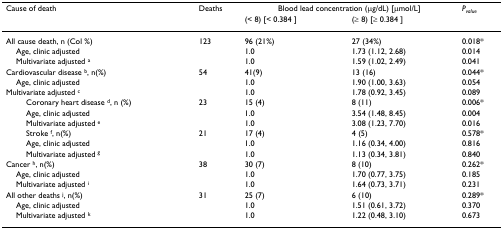
<table><thead><tr><td><b>Cause of death</b></td><td><b>Deaths</b></td><td colspan="2"><b>Blood lead concentration (μg/dL) [μmol/L]</b></td><td><b><i>P</i><sub><i>value</i></sub></b></td></tr><tr><td></td><td></td><td><b>(&lt; 8) [&lt; 0.384 ]</b></td><td><b>(≥ 8) [≥ 0.384 ]</b></td><td></td></tr></thead><tbody><tr><td>All cause death, n (Col %)</td><td>123</td><td>96 (21%)</td><td>27 (34%)</td><td>0.018*</td></tr><tr><td> Age, clinic adjusted</td><td></td><td>1.0</td><td>1.73 (1.12, 2.68)</td><td>0.014</td></tr><tr><td> Multivariate adjusted <sup>a</sup></td><td></td><td>1.0</td><td>1.59 (1.02, 2.49)</td><td>0.041</td></tr><tr><td>Cardiovascular disease <sup>b</sup>, n(%)</td><td>54</td><td>41(9)</td><td>13 (16)</td><td>0.044*</td></tr><tr><td> Age, clinic adjusted</td><td></td><td>1.0</td><td>1.90 (1.00, 3.63)</td><td>0.054</td></tr><tr><td>Multivariate adjusted <sup>c</sup></td><td></td><td>1.0</td><td>1.78 (0.92, 3.45)</td><td>0.089</td></tr><tr><td>Coronary heart disease <sup>d</sup>, n (%)</td><td>23</td><td>15 (4)</td><td>8 (11)</td><td>0.006*</td></tr><tr><td>Age, clinic adjusted</td><td></td><td>1.0</td><td>3.54 (1.48, 8.45)</td><td>0.004</td></tr><tr><td>Multivariate adjusted <sup>e</sup></td><td></td><td>1.0</td><td>3.08 (1.23, 7.70)</td><td>0.016</td></tr><tr><td>Stroke <sup>f</sup>, n(%)</td><td>21</td><td>17 (4)</td><td>4 (5)</td><td>0.578*</td></tr><tr><td>Age, clinic adjusted</td><td></td><td>1.0</td><td>1.16 (0.34, 4.00)</td><td>0.816</td></tr><tr><td>Multivariate adjusted <sup>g</sup></td><td></td><td>1.0</td><td>1.13 (0.34, 3.81)</td><td>0.840</td></tr><tr><td>Cancer <sup>h</sup>, n(%)</td><td>38</td><td>30 (7)</td><td>8 (10)</td><td>0.262*</td></tr><tr><td> Age, clinic adjusted</td><td></td><td>1.0</td><td>1.70 (0.77, 3.75)</td><td>0.185</td></tr><tr><td> Multivariate adjusted <sup>i</sup></td><td></td><td>1.0</td><td>1.64 (0.73, 3.71)</td><td>0.231</td></tr><tr><td>All other deaths <sup>j</sup>, n(%)</td><td>31</td><td>25 (7)</td><td>6 (10)</td><td>0.289*</td></tr><tr><td> Age, clinic adjusted</td><td></td><td>1.0</td><td>1.51 (0.61, 3.72)</td><td>0.370</td></tr><tr><td> Multivariate adjusted <sup>k</sup></td><td></td><td>1.0</td><td>1.22 (0.48, 3.10)</td><td>0.673</td></tr></tbody></table>